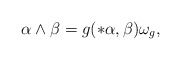
\begin{align*}\alpha\wedge\beta=g(*\alpha,\beta)\omega_g,\end{align*}